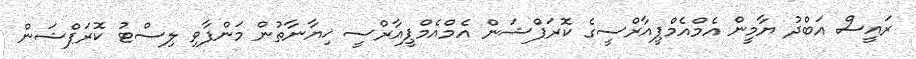
ރައީސް އަބްދު ޔާމީން އެމްއެމްޕީއާރްސީގެ ކޮރަޕްޝަން އެމްއެމްޕީއާރްސީ ޚިޔާނާތުން މަންފާވި ލިސްޓު ކޮރަޕްޝަން